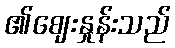
၏ဈေးနှုန်းသည်